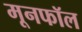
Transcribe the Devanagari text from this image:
मूनफॉल